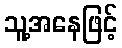
သူ့အနေဖြင့်